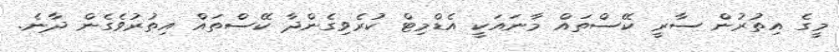
މީގެ އިތުރުން ސާރީ ކޭސްތައް މާނައަކީ އެޑްމިޓް ކުރެވިގެންދާ ކޭސްތައް އިތުރުވެގެން ދާނެ.